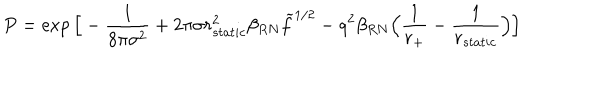
P = \exp \Big [ - { \frac { 1 } { 8 \pi \sigma ^ { 2 } } } + 2 \pi \sigma r _ { s t a t i c } ^ { 2 } \beta _ { R N } \widetilde f ^ { 1 / 2 } - q ^ { 2 } \beta _ { R N } \Big ( { \frac { 1 } { r _ { + } } } - { \frac { 1 } { r _ { s t a t i c } } } \Big ) \Big ]